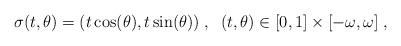
LaTeX: \begin{align*} \sigma(t,\theta)=(t\cos(\theta),t\sin(\theta))\;,\;\;(t,\theta)\in [0,1]\times [-\omega,\omega]\;,\end{align*}